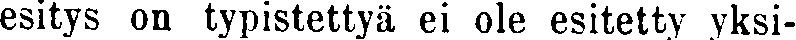
esitys on typistettyä ei ole esitetty yksi-